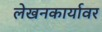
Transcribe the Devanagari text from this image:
लेखनकार्यावर